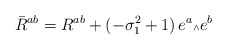
\begin{align*}\bar R^{ab} = R^{ab} + (-\sigma_1^2+1)\, e^a \mbox{\tiny $\wedge$} e^b\end{align*}